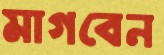
মাগবেন